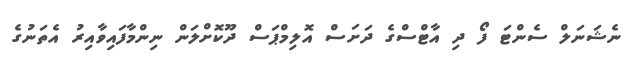
ނެޝަނަލް ސެންޓަ ފޯ ދި އާޓްސްގެ ދަށަސް އޮލިމްޕަސް ދޫކޮށްލަން ނިންމާފައިވާއިރު އެތަނުގެ